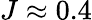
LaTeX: J\approx 0.4